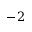
- 2